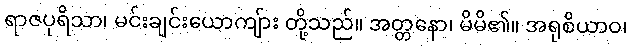
ရာဇပုရိသာ၊ မင်းချင်းယောကျ်ား တို့သည်။ အတ္တနော၊ မိမိ၏။ အရုစိယာဝ၊